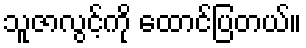
သူဇာလွင့်ကို ထောင်ပြတယ်။